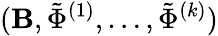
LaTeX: (\mathbf{B},\tilde{\Phi}^{(1)},\dots,\tilde{\Phi}^{(k)})